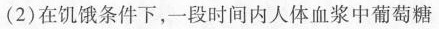
(2)在饥饿条件下，一段时间内人体血浆中葡萄糖